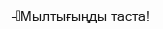
–	Мылтығыңды таста!